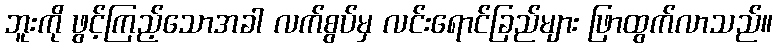
ဘူးကို ဖွင့်ကြည့်သောအခါ လက်စွပ်မှ လင်းရောင်ခြည်များ ဖြာထွက်လာသည်။